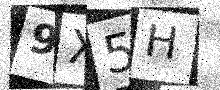
Text: 9X5H